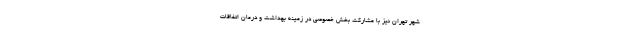
شهر تهران نیز با مشارکت بخش خصوصی در زمینه بهداشت و درمان اتفاقات